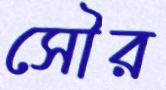
সৌর